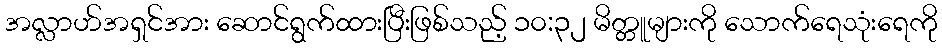
အလ္လာဟ်အရှင်အား ဆောင်ရွက်ထားပြီးဖြစ်သည့် ၁၀:၃၂ မိတ္တူများကို သောက်ရေသုံးရေကို